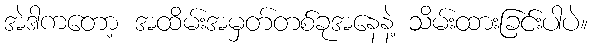
အဲဒါကတော့ အထိမ်းအမှတ်တစ်ခုအနေနဲ့ သိမ်းထားခြင်းပါပဲ။